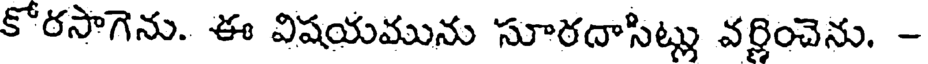
కోరసాగెను. ఈ విషయమును సూరదాసిట్లు వర్ణించెను. -